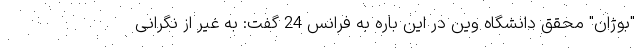
"بوژان" محقق دانشگاه وین در این باره به فرانس 24 گفت: به غیر از نگرانی